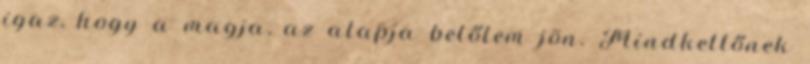
igaz, hogy a magja, az alapja belőlem jön. Mindkettőnek